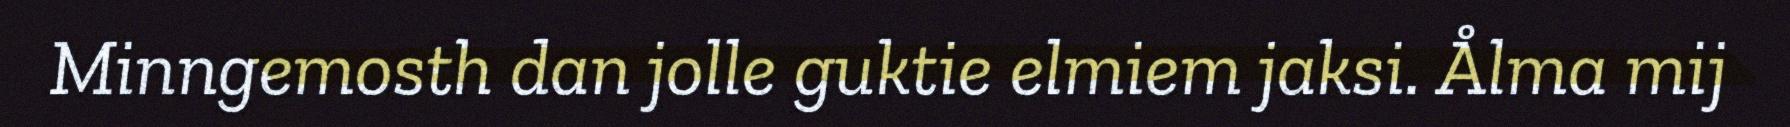
Minngemosth dan jolle guktie elmiem jaksi. Ålma mij